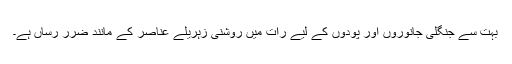
بہت سے جنگلی جانوروں اور پودوں کے لیے رات میں روشنی زہریلے عناصر کے مانند ضرر رساں ہے۔